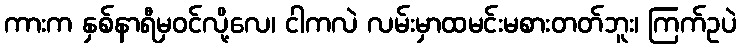
ကားက နှစ်နာရီမှဝင်လို့လေ၊ ငါကလဲ လမ်းမှာထမင်းမစားတတ်ဘူး၊ ကြက်ဥပဲ